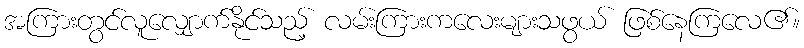
အကြားတွင်လူလျှောက်နိုင်သည့် လမ်းကြားကလေးများသဖွယ် ဖြစ်နေကြလေ၏။